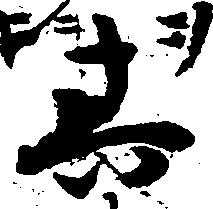
其